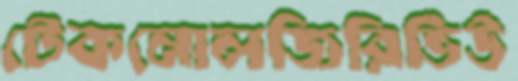
টেকনোলজিরিভিউ